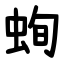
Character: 䖲